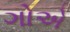
ગોએ